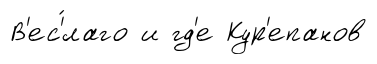
В'ес'́лаго и гд'е Кур'епанов